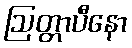
ဩတ္တာပီနော